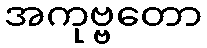
အကုဗ္ဗတော